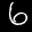
Label: 6